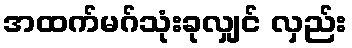
အထက်မဂ်သုံးခုလျှင် လှည်း